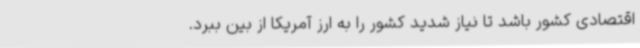
اقتصادی کشور باشد تا نیاز شدید کشور را به ارز آمریکا از بین ببرد.